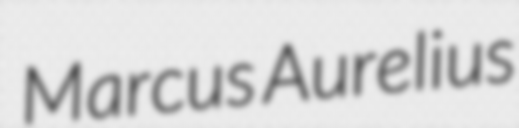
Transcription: Marcus Aurelius